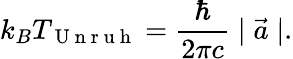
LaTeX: k_{B}T_{\mathrm{~U~n~r~u~h~}}=\frac{\hbar}{2\pi c}\mid\vec{a}\mid.